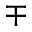
\mp